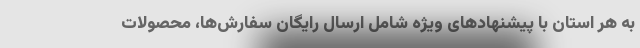
به هر استان با پیشنهادهای ویژه شامل ارسال رایگان سفارش‌ها، محصولات